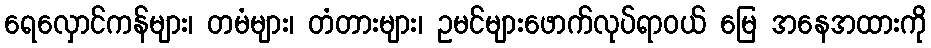
ရေလှောင်ကန်များ၊ တမံများ၊ တံတားများ၊ ဥမင်များဖောက်လုပ်ရာဝယ် မြေ အနေအထားကို